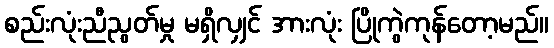
စည်းလုံးညီညွတ်မှု မရှိလျှင် အားလုံး ပြိုကွဲကုန်တော့မည်။